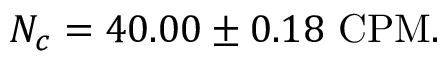
N _ { c } = 4 0 . 0 0 \pm 0 . 1 8 \, \, \mathrm { C P M } .